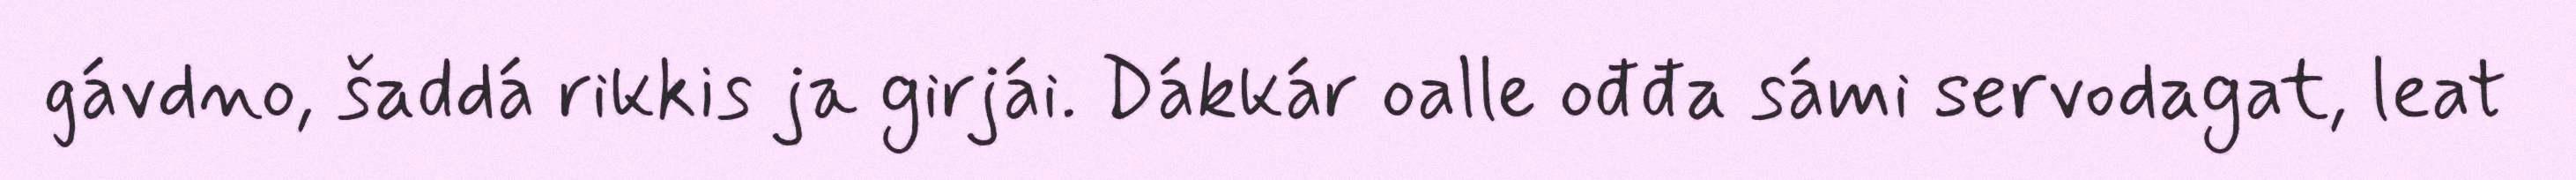
gávdno, šaddá rikkis ja girjái. Dákkár oalle ođđa sámi servodagat, leat